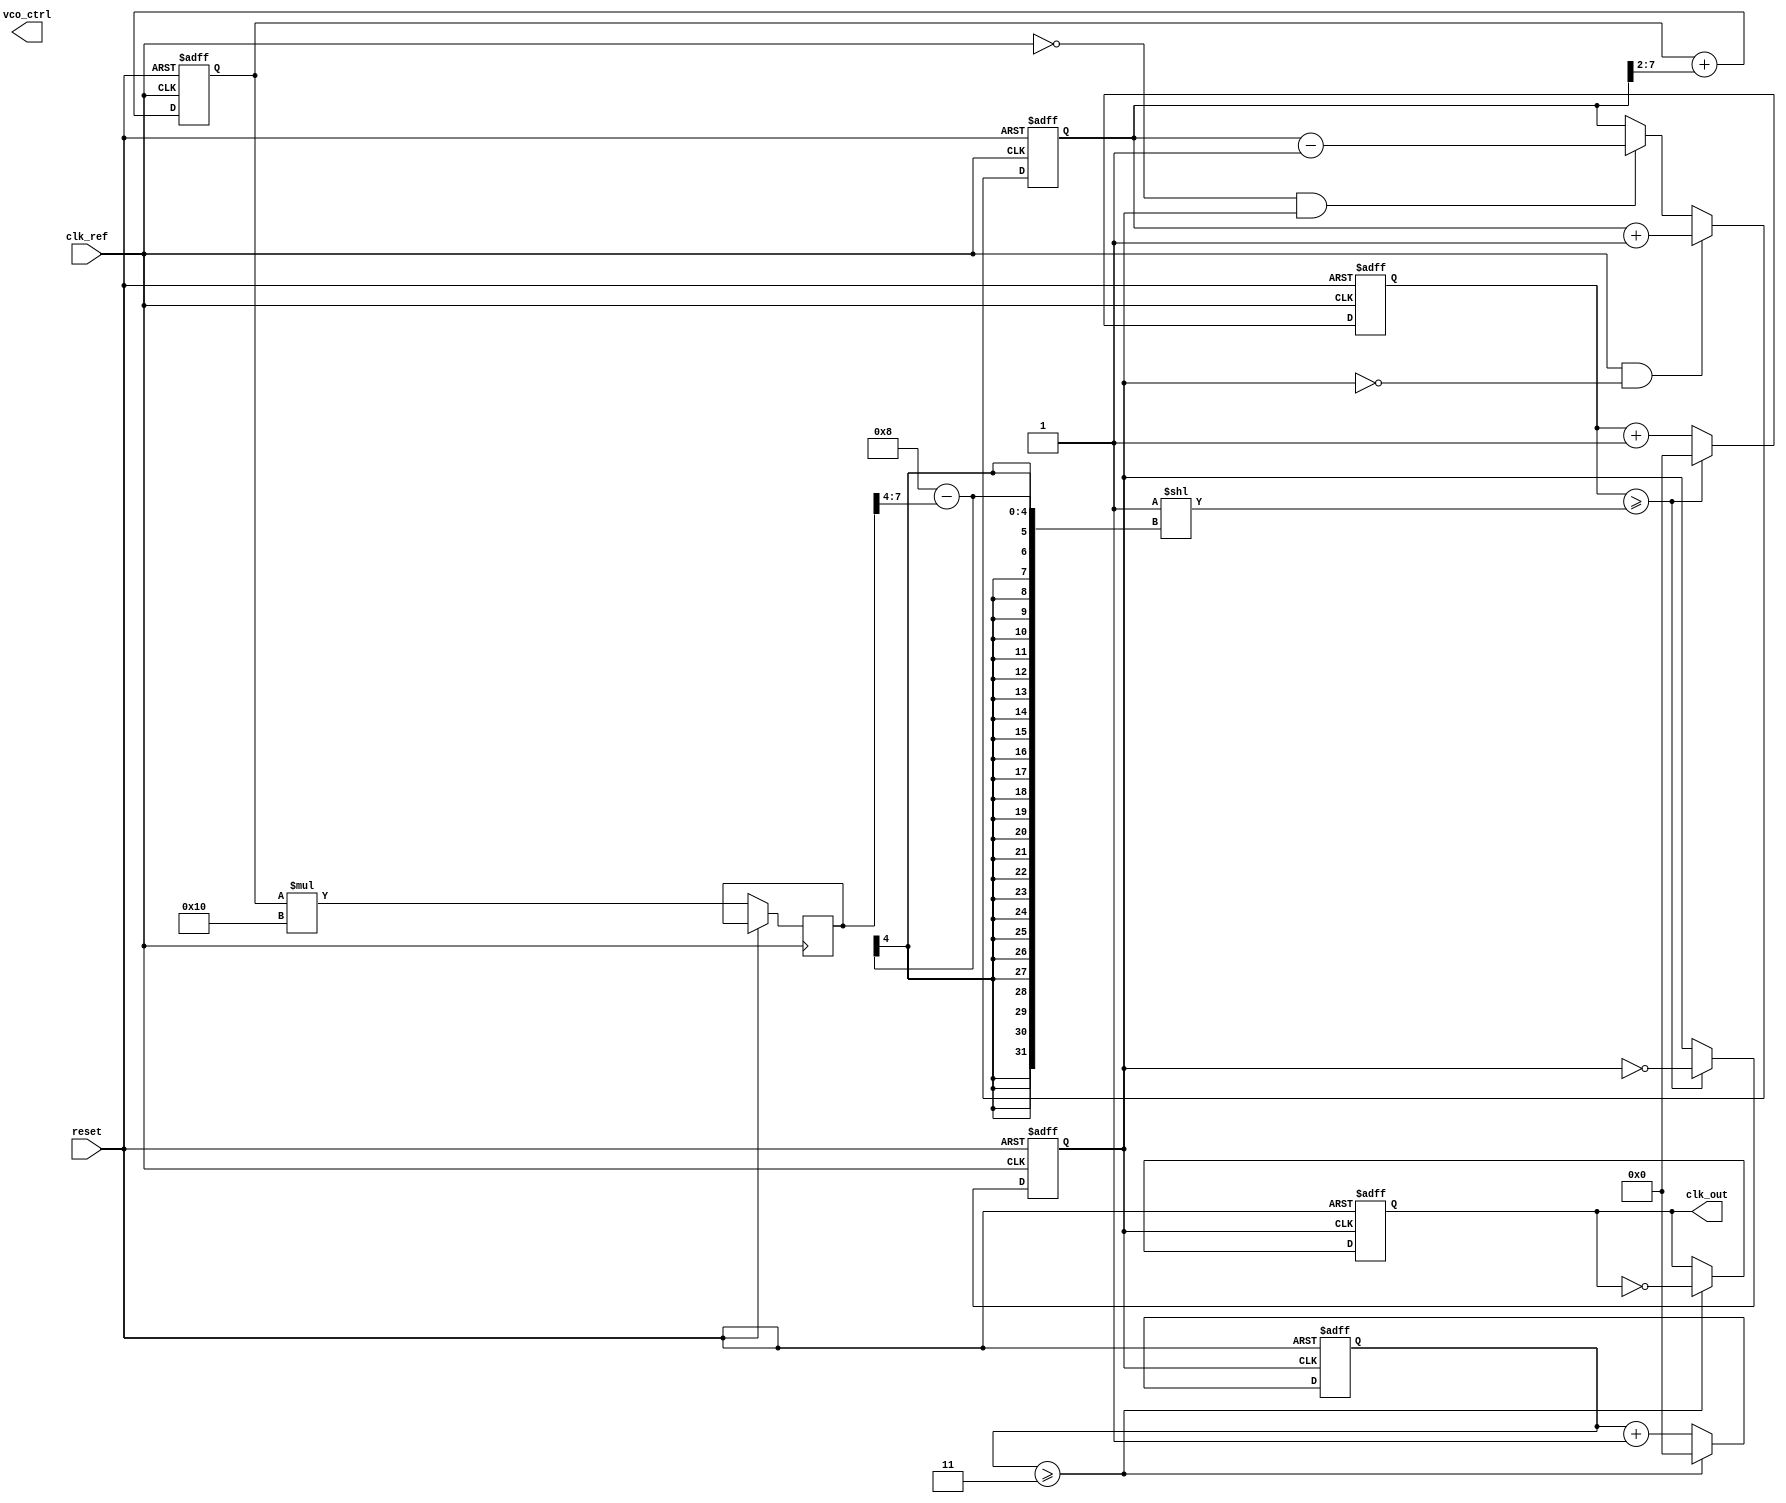
module fractional_PLL (
    input wire clk_ref,         // Reference clock
    input wire reset,           // Reset signal
    output reg clk_out,         // Output clock
    output reg [7:0] vco_ctrl   // Control signal for VCO
);

    // Parameters
    parameter FRACTIONAL_DIVIDER = 3; // Example fractional divider
    parameter LOOP_FILTER_GAIN = 8'd16; // Example loop filter gain

    // Internal signals
    reg [7:0] phase_err;         // Phase error signal
    reg [7:0] loop_filter_out;   // Output of the loop filter
    reg [7:0] vco_freq;          // VCO frequency control
    reg [15:0] vco_counter;      // VCO counter
    reg [15:0] divider_counter;   // Divider counter
    reg clk_feedback;             // Feedback clock from VCO

    // Phase Detector (PFD)
    always @(posedge clk_ref or posedge reset) begin
        if (reset) begin
            phase_err <= 8'd0;
        end else begin
            // Simple phase error detection logic
            // In a real design, a more complex PFD would be required
            if (clk_ref && !clk_feedback) begin
                phase_err <= phase_err + 8'd1; // Increment error
            end else if (!clk_ref && clk_feedback) begin
                phase_err <= phase_err - 8'd1; // Decrement error
            end
        end
    end

    // Loop Filter (Digital)
    always @(posedge clk_ref or posedge reset) begin
        if (reset) begin
            loop_filter_out <= 8'd0;
        end else begin
            loop_filter_out <= loop_filter_out + (phase_err >> 2); // Simple integrator
        end
    end

    // VCO (Voltage-Controlled Oscillator)
    always @(posedge clk_ref or posedge reset) begin
        if (reset) begin
            vco_counter <= 16'd0;
            clk_feedback <= 1'b0;
        end else begin
            vco_freq <= loop_filter_out * LOOP_FILTER_GAIN; // Control voltage for VCO
            vco_counter <= vco_counter + 1;

            // Generate the VCO output clock based on control voltage
            if (vco_counter >= (1 << (8 - vco_freq[7:4]))) begin
                clk_feedback <= ~clk_feedback; // Toggle feedback clock
                vco_counter <= 16'd0; // Reset counter
            end
        end
    end

    // Fractional Divider
    always @(posedge clk_feedback or posedge reset) begin
        if (reset) begin
            divider_counter <= 16'd0;
            clk_out <= 1'b0;
        end else begin
            divider_counter <= divider_counter + 1;

            // Implement fractional division
            if (divider_counter >= FRACTIONAL_DIVIDER) begin
                clk_out <= ~clk_out; // Toggle output clock
                divider_counter <= 16'd0; // Reset counter
            end
        end
    end

endmodule